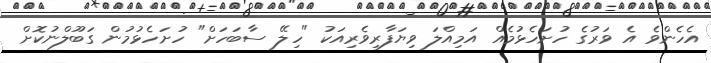
އެހެންވެ އެ ވަރުގެ ހުށަހެޅުމެއް އަމިއްލަ ވިޔަފާރިވެރިއަކު "ހިލޭ ސާބަހަށް" ހުށަހެޅުމުން ގަބޫލްނުކޮށް